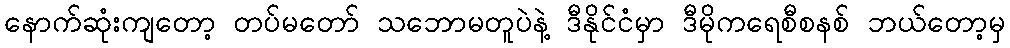
နောက်ဆုံးကျတော့ တပ်မတော် သဘောမတူပဲနဲ့ ဒီနိုင်ငံမှာ ဒီမိုကရေစီစနစ် ဘယ်တော့မှ